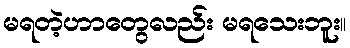
မရတဲ့ဟာတွေလည်း မရသေးဘူး။